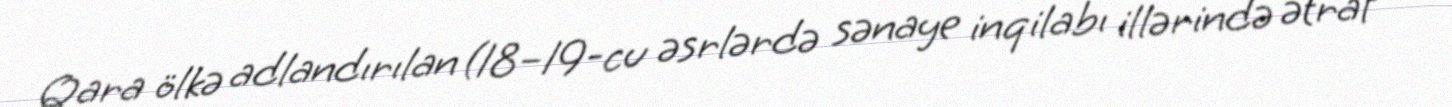
Qara ölkə adlandırılan (18–19-cu əsrlərdə sənaye inqilabı illərində ətraf